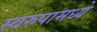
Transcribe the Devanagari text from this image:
स्वरुपामध्ये